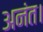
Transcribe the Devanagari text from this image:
अनंत।